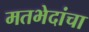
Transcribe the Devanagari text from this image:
मतभेदांचा